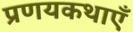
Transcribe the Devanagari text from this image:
प्रणयकथाएँ